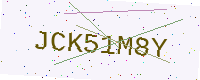
Text: JCK51M8Y